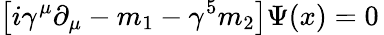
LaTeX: \left[i\gamma^{\mu}\partial_{\mu}-m_{1}-\gamma^{5}m_{2}\right]\Psi(x)=0\,